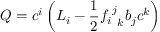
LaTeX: Q = c ^ { i } \left( L _ { i } - { \frac { 1 } { 2 } } { { f _ { i } } ^ { j } } _ { k } b _ { j } c ^ { k } \right)